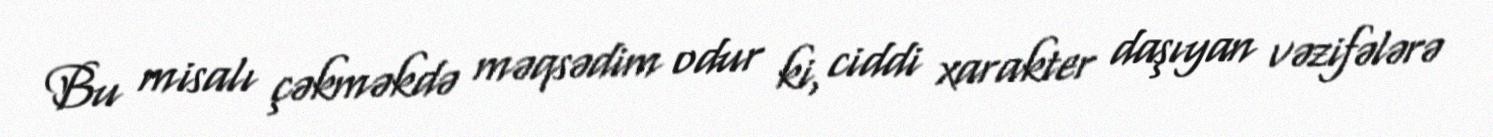
Bu misalı çəkməkdə məqsədim odur ki, ciddi xarakter daşıyan vəzifələrə